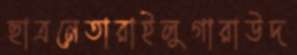
ছাত্রনেতারাইলুগারাউদ